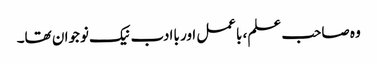
وہ صاحب علم، باعمل اور باادب نیک نوجوان تھا۔